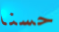
حسنا